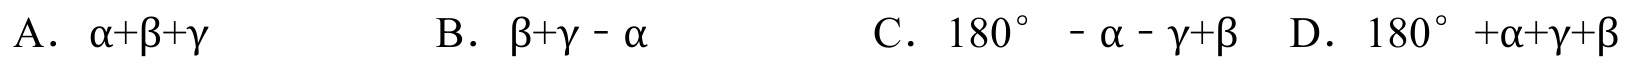
A. \(\alpha+\beta+\gamma\quad\) B. \(\beta+\gamma - \alpha\quad\) C. \(180^{\circ}-\alpha - \gamma+\beta\quad\) D. \(180^{\circ}+\alpha+\gamma+\beta\)